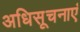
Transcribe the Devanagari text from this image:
अधिसूचनाएं